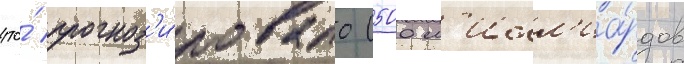
что́ прогноз'и́ровало (500 м'илл'иа́рдов